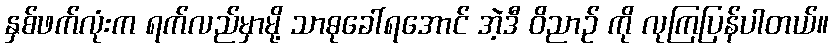
နှစ်ဖက်လုံးက ရက်လည်မှာမို့ သာဓုခေါ်ရအောင် အဲ့ဒီ ဝိညာဉ် ကို လုကြပြန်ပါတယ်။